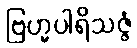
ဗြဟ္မပါရိသဇ္ဇံ